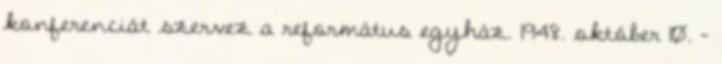
konferenciát szervez a református egyház. 1948. október 10. –